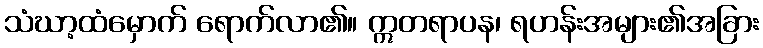
သံဃာ့ထံမှောက် ရောက်လာ၏။ ဣတရာပန၊ ရဟန်းအများ၏အခြား